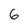
Character: 6